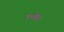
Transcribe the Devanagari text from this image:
१०४।।